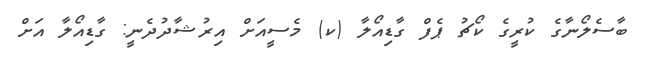
ބާސެލޯނާގެ ކުރީގެ ކޯޗު ޕެފް ގާޑިއޯލާ (ކ) މެސީއަށް އިރުޝާދުދެނީ: ގާޑިއޯލާ އަށް